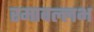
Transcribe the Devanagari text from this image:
रमावल्लभ